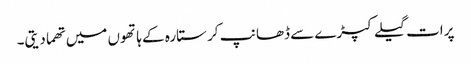
پرات گیلے کپڑے سے ڈھانپ کر ستارہ کے ہاتھوں میں تھما دیتی۔